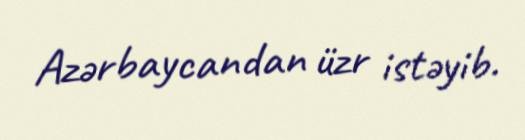
Azərbaycandan üzr istəyib.